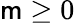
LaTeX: \mathsf{m}\geq0